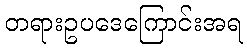
တရားဥပဒေကြောင်းအရ